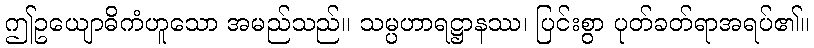
ဤဥယျောဓိကံဟူသော အမည်သည်။ သမ္ပဟာရဋ္ဌာနဿ၊ ပြင်းစွာ ပုတ်ခတ်ရာအရပ်၏။